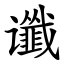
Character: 谶